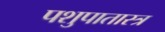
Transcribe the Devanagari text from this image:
पशुपातास्त्र